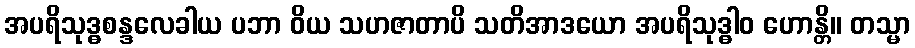
အပရိသုဒ္ဓစန္ဒလေခါယ ပဘာ ဝိယ သဟဇာတာပိ သတိအာဒယော အပရိသုဒ္ဓါဝ ဟောန္တိ။ တသ္မာ